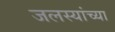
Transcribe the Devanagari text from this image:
जलस्यांच्या